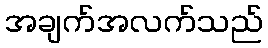
အချက်အလက်သည်